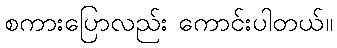
စကားပြောလည်း ကောင်းပါတယ်။